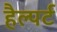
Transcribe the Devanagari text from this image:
हैल्पर्ट